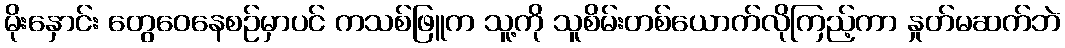
မိုးနှောင်း တွေဝေနေစဉ်မှာပင် ကသစ်ဖြူက သူ့ကို သူစိမ်းတစ်ယောက်လိုကြည့်ကာ နှုတ်မဆက်ဘဲ